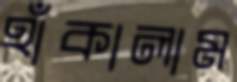
হাঁকালাম